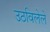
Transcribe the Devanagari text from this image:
उठविलेले